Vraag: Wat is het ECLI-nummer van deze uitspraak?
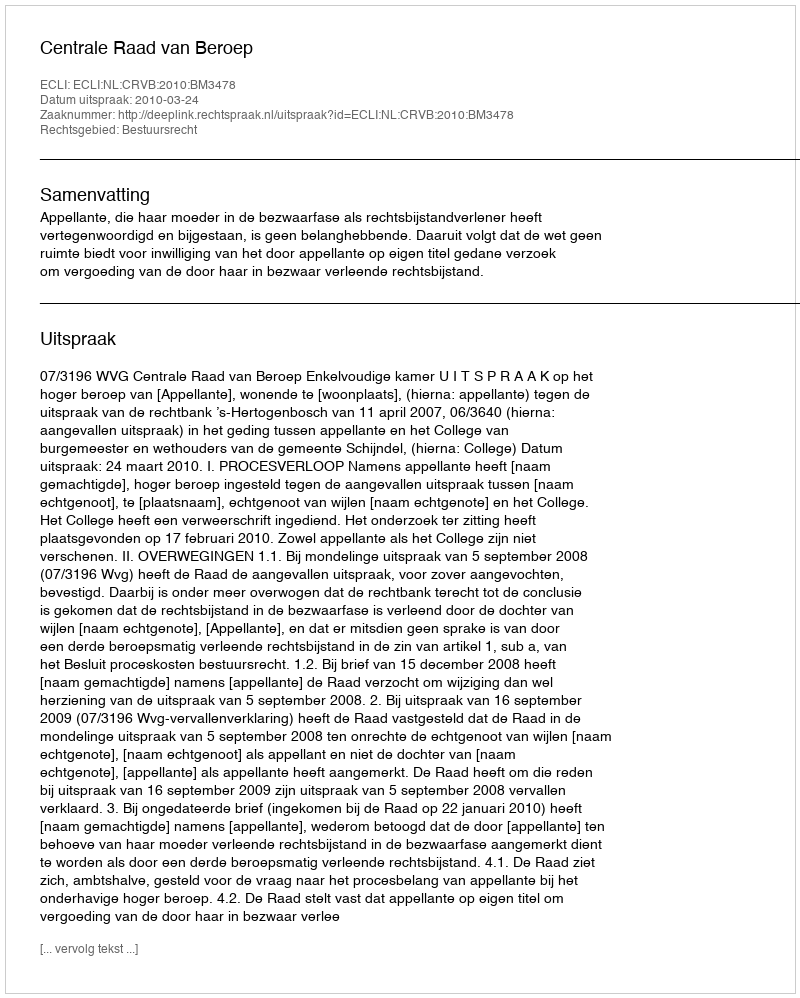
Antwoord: ECLI:NL:CRVB:2010:BM3478